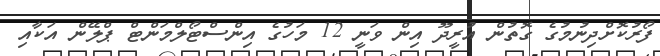
ފޯރުކޮށްދިނުމުގެ ގޮތުން އުރީދޫ އިން ވަނީ 12 މަހުގެ އިންސްޓޯލްމަންޓް ޕްލޭން އަކާއި